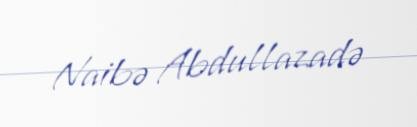
Naibə Abdullazadə